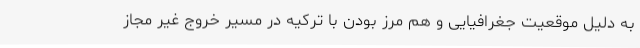
به دلیل موقعیت جغرافیایی و هم مرز بودن با ترکیه در مسیر خروج غیر مجاز